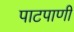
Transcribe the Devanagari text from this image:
पाटपाणी